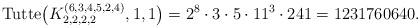
LaTeX: \begin{gather*}{\rm Tutte}\big(K_{2,2,2,2}^{(6,3,4,5,2,4)},1,1\big)=2^8 \cdot 3 \cdot 5 \cdot 11^3 \cdot 241= 1231760640 .\end{gather*}